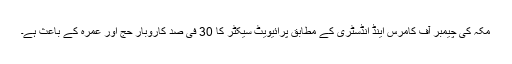
مکہ کی چیمبر آف کامرس اینڈ انڈسٹری کے مطابق پرائیویٹ سیکٹر کا 30 فی صد کاروبار حج اور عمرہ کے باعث ہے۔